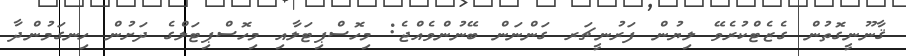
ޤާނޫނީގޮތުން ގެޒެޓްކުރެވޭ ލިޔުން ފަރުނީޗަރ ގަންނަން ބޭނުންވެއްޖެ: މިހޮސްޕިޓަލާއި މިހޮސްޕިޓަލްގެ ދަށުން ހިނގަމުންދާ